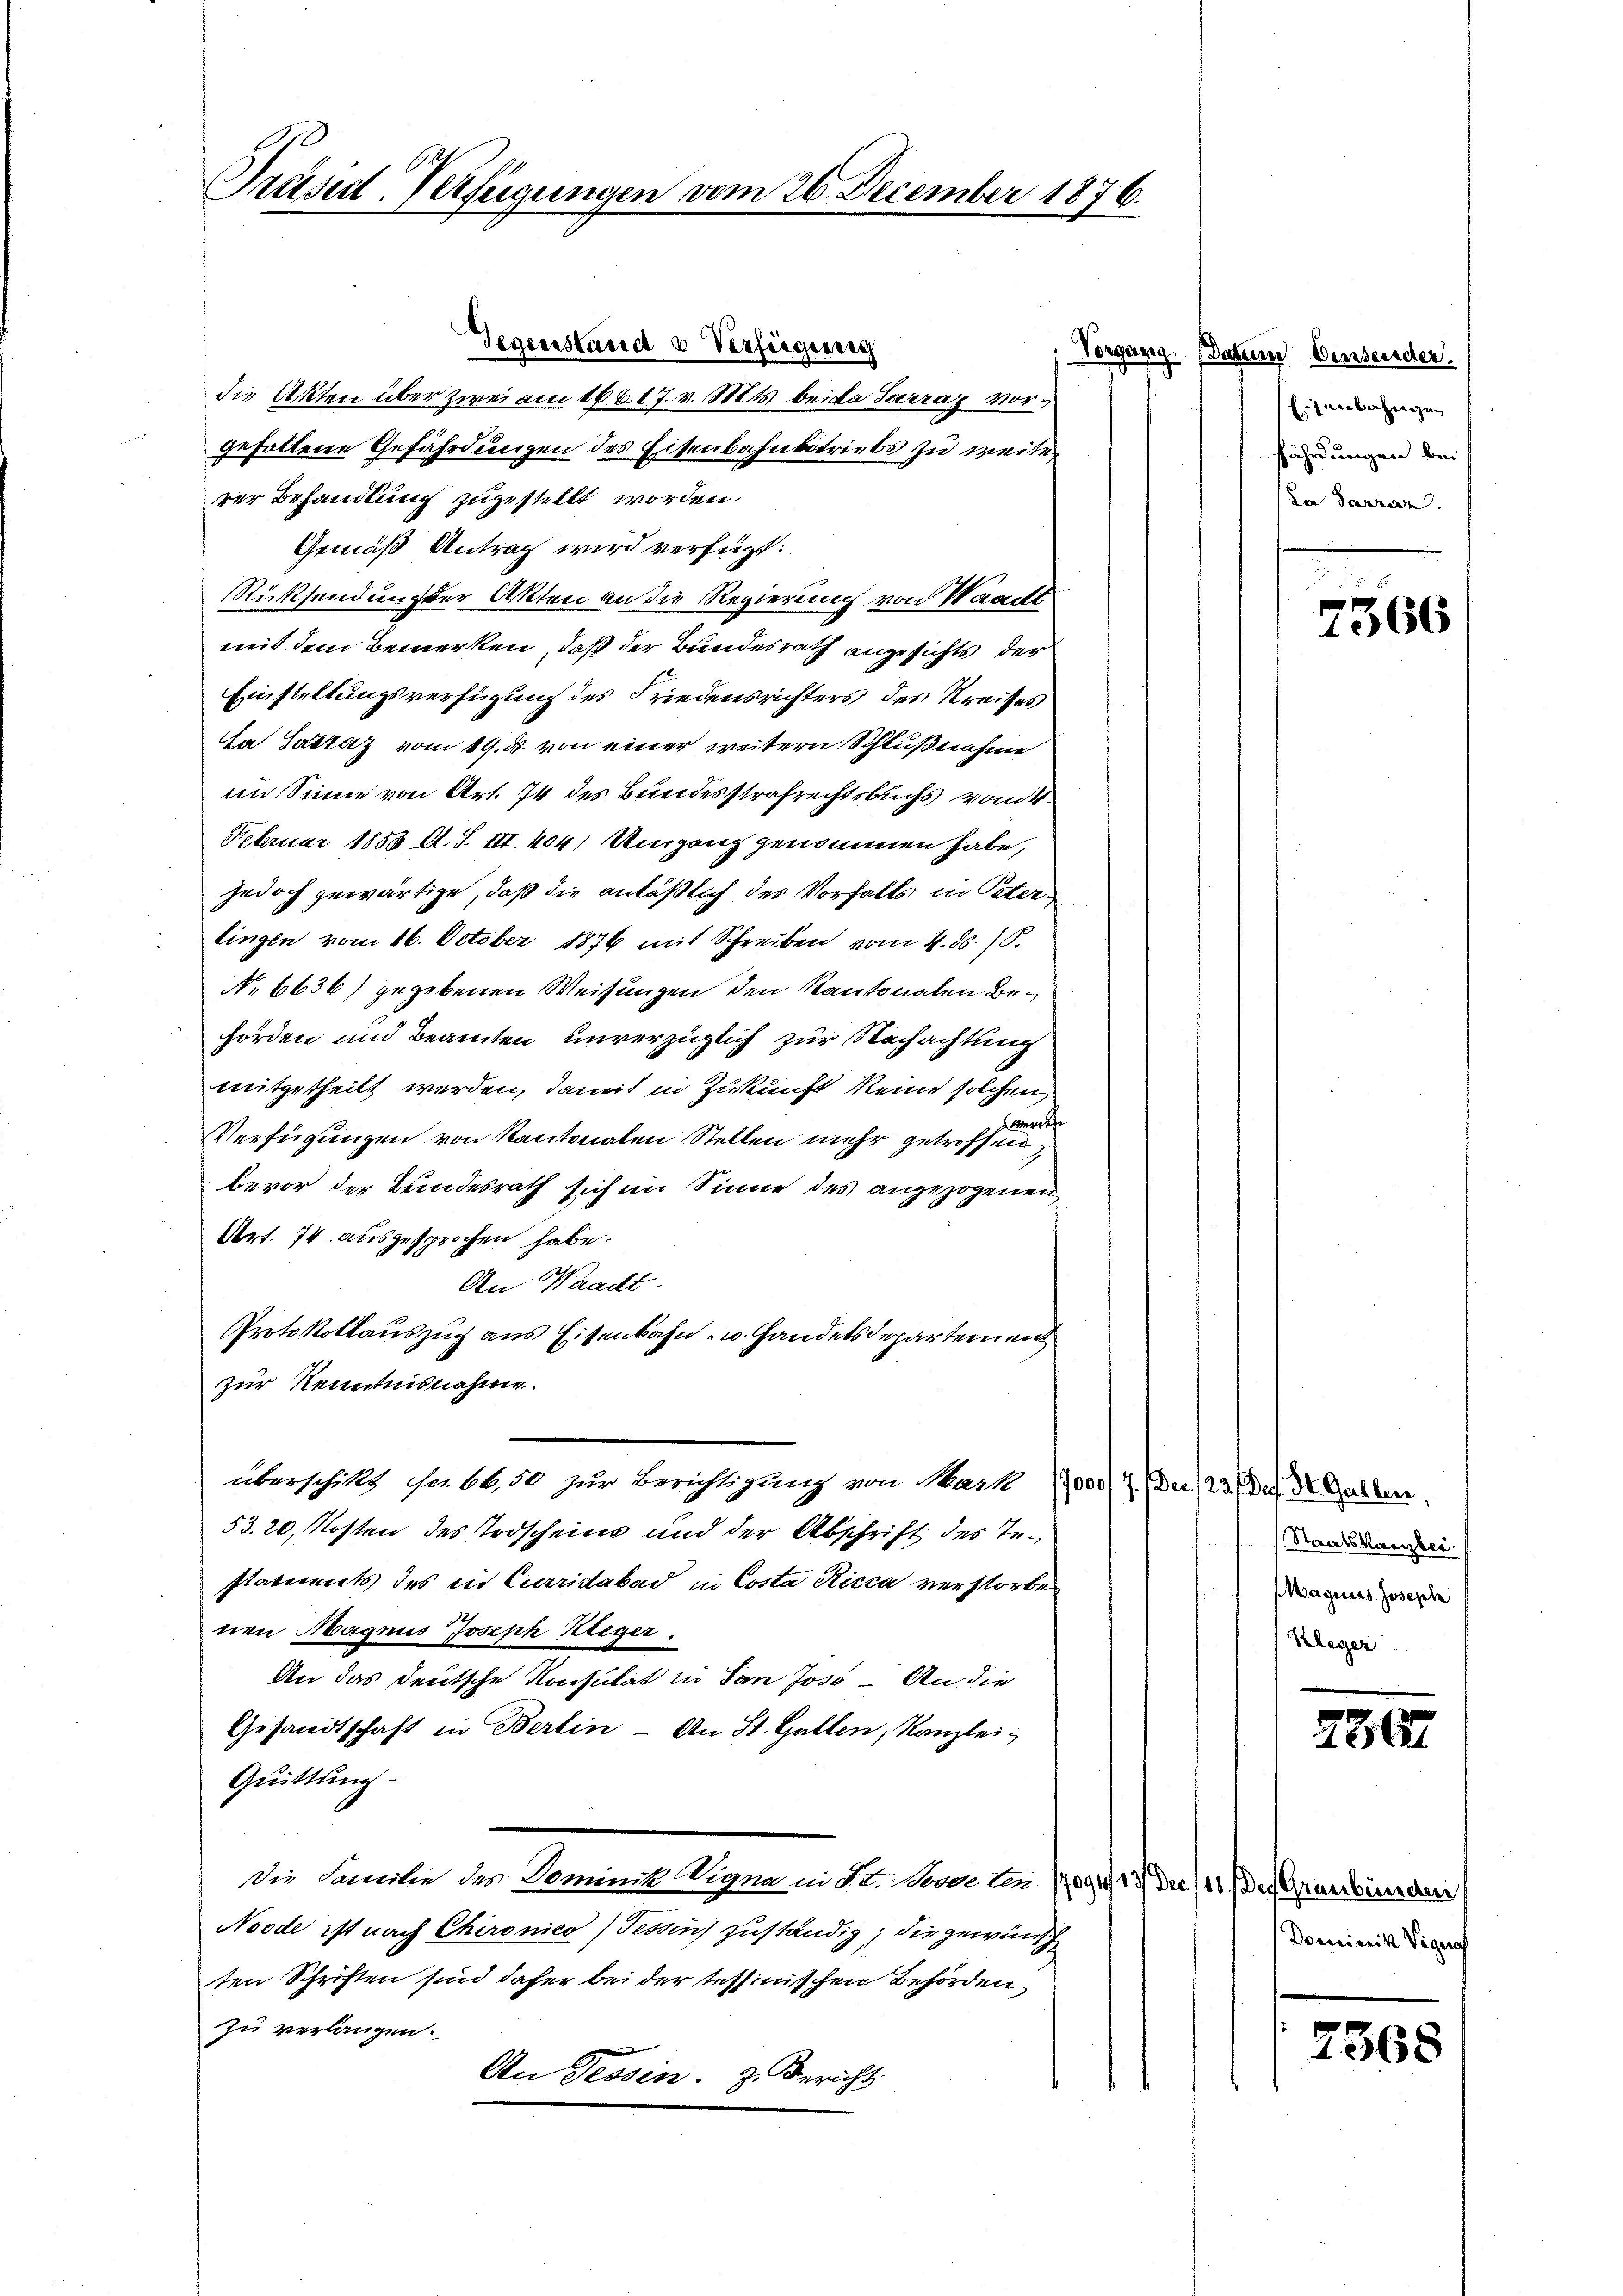
Präsid. Verfügungen vom 26. December 1876.

Gegenstand u Verfeigeneig
Vorgang
die Akten über zwei am 16. 617. v. Mts. bei da Sarraz vorgefallene Gefährdungen des Eisenbahnbetriebs zu weiten
rer Behandlung zugestellt worden.
Gemäß Antrag wird verfügt:
Rücksendung der Akten an die Regierung von Waacht
mit dem Bemerken, daß der Bundesrath angesichts der
Einstellungsverfügung des Friedensrichters des Kreises
Nat Gattaz vom 19. ds. von einer weitern Schlußnahme
im Sinne von Art. 74 des Bundesstrafrechtsbuchs vom 4.
Februar 1853 A. S. III. 404) Umgang genommen habe,
jedoch gewärtige, daß die anläßlich des Vorfalls in Peter
lingen vom 16. October 1876 mit Schreiben vom 4. d. 15.
No 6636) gegebenen Weisungen den Kantonalen Behörden und Beamten unverzüglich zur Nachachtung
mitgetheilt werden, damit in Zukunft keine solchen
Verfügungen von Kantonalen Stellen mehr getroffenen
bevor der Bundesrath sich im Sinne des angezogenen
Art. 74. ausgesprochen habe.
An Waadt.
Protokollauszug aus Eisenbahn- u. Handelsdepartemend
zur Kenntnisnahme.
überschikt Fr. 66,50 zur Berichtigung von Mark 17000/2 (Der 23. Der Dr. Galler
53. 20, Kosten des Todschein und der Abschrift des Testatuts des in Curridabad in Costa Ricca verstorben
nen Magnis Joseph Kleger.
An das deutsche Konsulat in San Joso – An die
Gesandtschaft in Berlin - An St. Gallen, Kanzlei,
Quittung
Die Familie des Dominik Vigna in S. I. Boose lende der
Noode ist nach Chironico, Tessin zuständig; die gewünsch
ten Schriften sind daher bei der tessinischen Behörden
zu verlangen.
An Tessin. z. Bericht

e Densender.
Eisenbahngen
fährdungen bei
den derenz.

.
.
1066

Staatskanzlei.
Magnus Josephe
Kleger

226

Der Graubünden
Dominik Vignof

2368